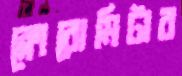
ক্লোরোমিটার